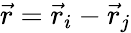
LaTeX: \vec{r}=\vec{r}_{i}-\vec{r}_{j}